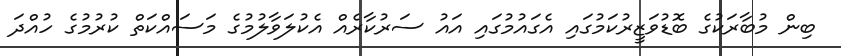
ބިން މުބާރަކުގެ ބޮޑުވަޒީރުކަމުގައި އެގައުމުގައި އައު ސަރުކާރެއް އެކުލަވާލުމުގެ މަސައްކަތް ކުރުމުގެ ހުއްދަ